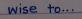
wise to...